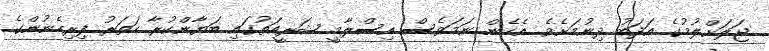
ޖަލަށްލުމުގެ އަދަބު ދިނުމަށެވެ. އެހެން ނަމަވެސް އިސްލާމީ ޝަރީއަތުގައި ބަޔާންކުރާ ހަތަރު ފިރިހެނުންގެ